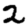
Digit: 2